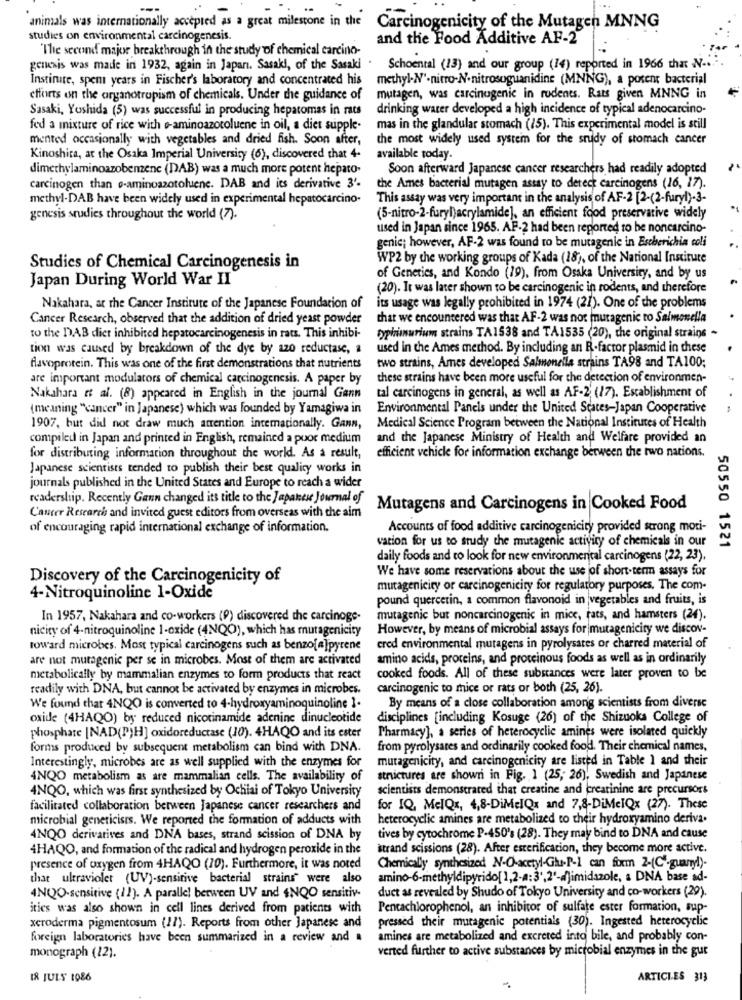
animals was internationally accepted as a great milestone in the Carcinogenicity of the Mutagen MNNG
studies on environmental carcinogenesis.
and the Food Additive AF-2
"The second major breakthrough in the study of chemical carcino-
genesis was made in 1932, again in Japan. Sasaki, of the Sasaki .
Schoental (13) and our group (14) reported in 1966 that N ....
Institute, spent years in Fischer's laboratory and concentrated his
methyl-N-nitro-N.nitrosoguanidine (MNNG), a porent bacterial
efforts on the arganotropism of chemicals. Under the guidance of
mutagen, was carcinogenic in rodents. Rats given MNNG in
Sasaki, Yoshida (5) was successful in producing hepatomas in rats
drinking water developed a high incidence of typical adenocarcino-
fed a mixture of rice with o-aminoazotoluene in oil, a diet supple-
mas in the glandular stomach (15). This experimental model is still
mented occasionally with vegetables and dried fish. Soon after,
the most widely used system for the study of stomach cancer
Kinoshita, at the Osaka Imperial University (6), discovered that 4-
available today.
dimethylaminoazobenzene (DAB) was a much more potent hepato-
Soon afterward Japanese cancer researchers had readily adopted
carcinogen than o-aminoazotoluene. DAB and its derivative 3'-
the Ames bacterial mutagen assay to detect carcinogens (16, 17).
methyl.DAB have been widely used in experimental hepatocarcino.
This assay was very important in the analysis of AF-2 [2-(2-furyl)-3-
genesis studies throughout the world (7).
(5-nitro-2-furyl)acrylamide], an efficient food preservative widely
used in Japan since 1965. AF-2 had been reported to be noncarcino-
genie; however, AF-2 was found to be mutagenic in Escherichia coli
WP2 by the working groups of Kada (18), of the National Institute
Studies of Chemical Carcinogenesis in
Japan During World War II
of Genetics, and Kondo (19), from Osaka University, and by us
(20). It was later shown to be carcinogenic in rodents, and therefore
Nakahara, at the Cancer Institute of the Japanese Foundation of
its usage was legally prohibited in 1974 (21). One of the problems
Cancer Research, observed that the addition of dried yeast powder
that we encountered was that AF-2 was not mutagenic to Salmonella
to the DAB dier inhibited hepatocarcinogenesis in rats. This inhibi-
typhimurium strains TA1538 and TA1535 (20), the original strains -
tion was caused by breakdown of the dye by azo reductase, a
used in the Ames method. By including an R.factor plasmid in these
two strains, Ames developed Salmonella strains TA98 and TA100;
favoprotein. This was one of the first demonstrations that nutrients
are important modulators of chemical carcinogenesis. A paper by
these strains have been more useful for the detection of environmen-
tal carcinogens in general, as well as AF-2 (17). Establishment of
Nakahara et al. (8) appeared in English in the journal Gann
(meaning "cancer" in Japanese) which was founded by Yamagiwa in
Environmental Panels under the United States-Japan Cooperative
1907, but did not draw much attention internationally. Gann,
Medical Science Program between the National Institutes of Health
compiled in Japan and printed in English, remained a poor medium
and the Japanese Ministry of Health and Welfare provided an
efficient vehicle for information exchange between the two nations.
for distributing information throughout the world. As a result,
Japanese scientists tended to publish their best quality works in
journals published in the United States and Europe to reach a wider
readership. Recently Gann changed its title to the Japanese Journal of
Mutagens and Carcinogens in Cooked Food
Cancer Research and invited guest editors from overseas with the aim
of encouraging rapid international exchange of information.
Accounts of food additive carcinogenicity provided strong moti-
vation for us to study the mutagenic activity of chemicals in our
50550 1521
daily foods and to look for new environmental carcinogens (22, 23).
We have some reservations about the use jof short-term assays for
Discovery of the Carcinogenicity of
mutagenicity or carcinogenicity for regulatory purposes. The com-
4-Nitroquinoline 1-Oxide
pound quercetin, a common flavonoid in |vegetables and fruits, is
In 1957, Nakahara and co-workers (9) discovered the carcinoge-
mutagenic but noncarcinogenic in mice, rats, and hamsters (24).
nicity of 4-nitroquinoline 1-oxide (4NQO), which has mutagenicity
However, by means of microbial assays for mutagenicity we discov-
toward microbes. Most typical carcinogens such as benzo[a]pyrene
cred environmental mutagens in pyrolysates or charred material of
are not mutagenic per se in microbes. Most of them are activated
amino acids, proteins, and proteinous foods as well as in ordinarily
metabolically by mammalian enzymes to form products that react
cooked foods. All of these substances were later proven to be
readily with DNA, but cannot be activated by enzymes in microbes.
carcinogenic to mice or rats or both (25, 26).
By means of a close collaboration among scientists from diverse
We found that 4NQO is converted to 4-hydroxyaminoquinoline 1.
oxide (4HAQO) by reduced nicotinamide adenine dinucleotide
disciplines [including Kosuge (26) of the Shizuoka College of
phosphate [NAD(P)H] oxidoreductase (10). 4HAQO and its ester
Pharmacy], a series of heterocyclic amines were isolated quickly
forms produced by subsequent metabolism can bind with DNA.
from pyrolysares and ordinarily cooked food. Their chemical names,
Interestingly, microbes are as well supplied with the enzymes for
mutagenicity, and carcinogenicity are listed in Table 1 and their
4NQO metabolism as are mammalian cells. The availability of
strictures are shown in Fig. 1 (25; 26), Swedish and Japanese
4NQO, which was first synthesized by Ochiai of Tokyo University
scientists demonstrated that creatine and creatinine are precursors
facilitated collaboration between Japanese cancer researchers and
for IQ, MelQx, 4,8-DiMelOx and 7,8-DiMelQx (27). These
microbial genericisrs. We reported the formation of adducts with
heterocyclic amines are metabolized to their hydroxyamino deriva.
4NQO derivatives and DNA bases, strand scission of DNA by
tives by cytochrome P-450's (28). They may bind to DNA and cause
4HAQO, and formation of the radical and hydrogen peroxide in the
strand scissions (28). After esterification, they become more active.
presence of oxygen from 4HAQO (70). Furthermore, it was noted
Chemically synthesized N-O-acetyl-Glu-P-1 can foxm 2-(C'-guanryl)-
that ultraviolet (UV)-sensitive bacterial strains" were also
amino-6-methyldipyrido[ 1,2-a:3',2'-d)imidazole, a DNA base ad-
duct as revealed by Shudo of Tokyo University and co-workers (29).
4NQO-sensitive (12). A parallel between UV and $NQO sensitiv-
ities was also shown in cell lines derived from patients with
Pencachlorophenol, an inhibitor of sulfate ester formation, sup-
pressed their mutagenic potentials (30). Ingested heterocyclic
xeroderma pigmentosum (11). Reports from other Japanese and
foreign laboratories have been summarized in a review and .
amines are metabolized and excreted into bile, and probably con-
monograph (12).
verted further to active substances by microbial enzymes in the gur
I8 JULY 1986
ARTICLES 313
-